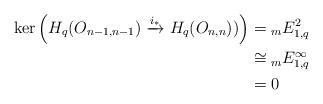
LaTeX: \begin{align*}\ker \left( H_{q}(O_{n-1,n-1}) \xrightarrow{i_{*}} H_{q}(O_{n, n}))\right) &= {}_{m}E^{2}_{1,q} \\&\cong {}_{m}E^{\infty}_{1,q} \\&= 0\end{align*}